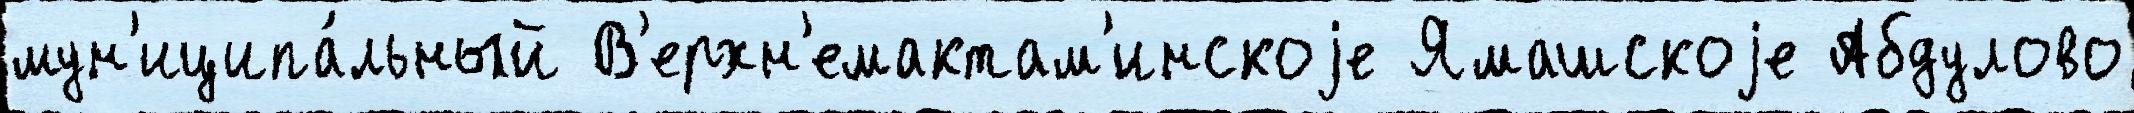
мун'иципа́льный В'ерхн'емактам'инскоjе Ямашскоjе Абдулово